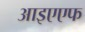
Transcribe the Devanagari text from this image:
आइएएफ